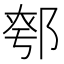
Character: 𨜆